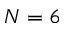
N = 6